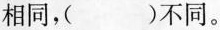
相同，()不同。